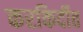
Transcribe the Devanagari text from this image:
करकिर्दीत